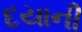
દયાની